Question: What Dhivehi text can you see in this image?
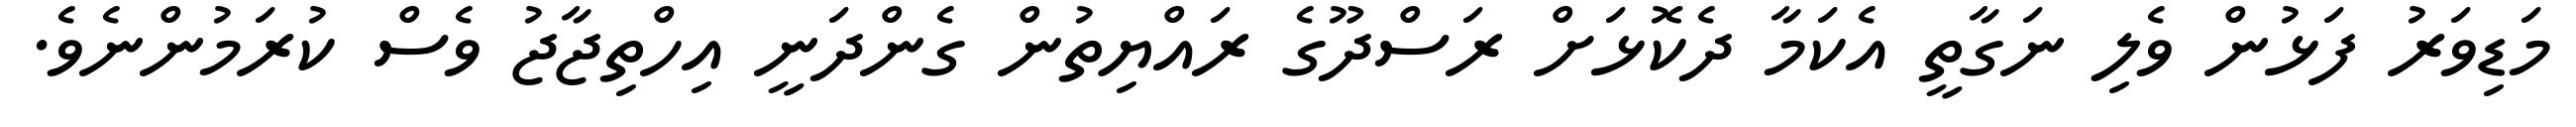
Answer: މަޑިވަރު ފަޅުން ވެލި ނަގާތީ އެކަމާ ދެކޮޅަށް ރަސްދޫގެ ރައްޔިތުން ގެންދަނީ އިހްތިޖާޖު ވެސް ކުރަމުންނެވެ.